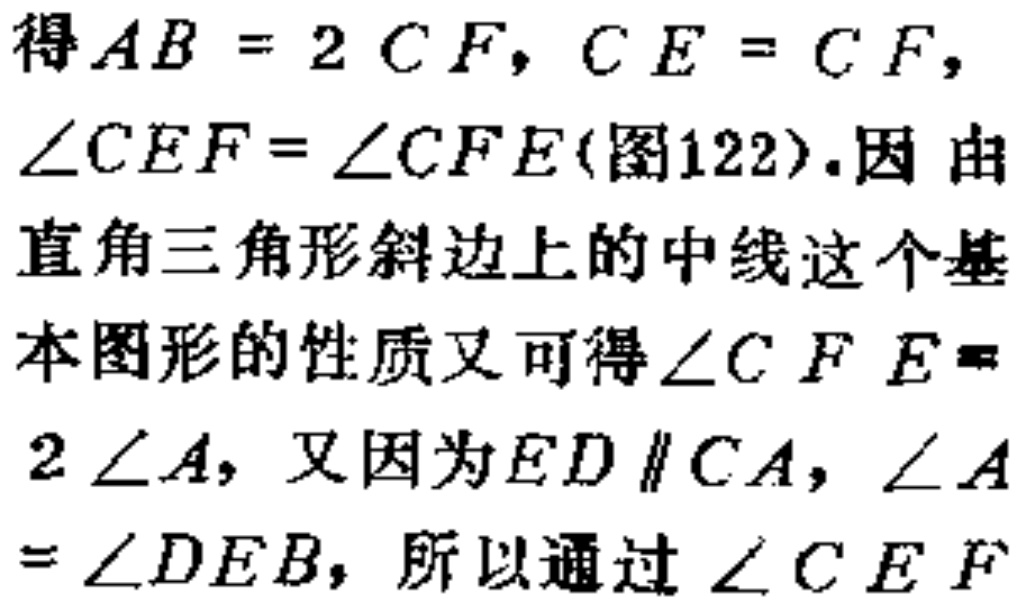
$\geqslant (a + b)^{2}\Rightarrow c\geqslant \frac{a + b}{\sqrt{2}};$